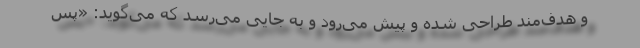
و هدف‌مند طراحی شده و پیش می‌رود و به جایی می‌رسد که می‌گوید: «پس